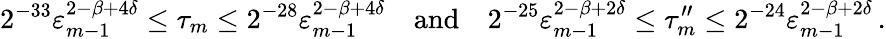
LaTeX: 2^{-33}\varepsilon_{m-1}^{2-\beta+4\delta}\leq\tau_{m}\leq 2^{-28}\varepsilon_{m-1}^{2-\beta+4\delta}\quad\mathrm{and}\quad 2^{-25}\varepsilon_{m-1}^{2-\beta+2\delta}\leq\tau_{m}^{\prime\prime}\leq 2^{-24}\varepsilon_{m-1}^{2-\beta+2\delta}\, .